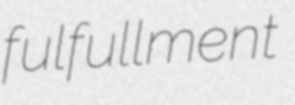
fulfullment